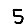
Digit: 5